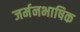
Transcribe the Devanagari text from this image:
जर्मनभाषिक